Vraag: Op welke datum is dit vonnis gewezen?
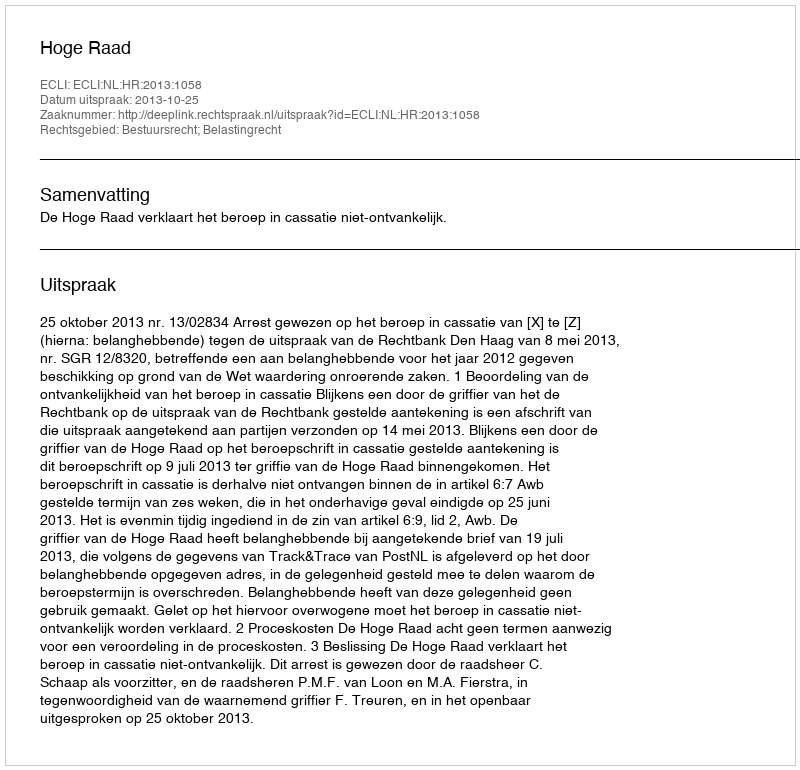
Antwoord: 2013-10-25